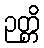
ဉတ္တိ